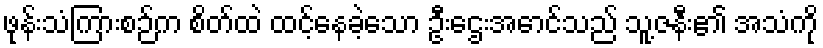
ဖုန်းသံကြားစဉ်က စိတ်ထဲ ထင့်နေခဲ့သော ဦးဌေးအောင်သည် သူ့ဇနီး၏ အသံကို